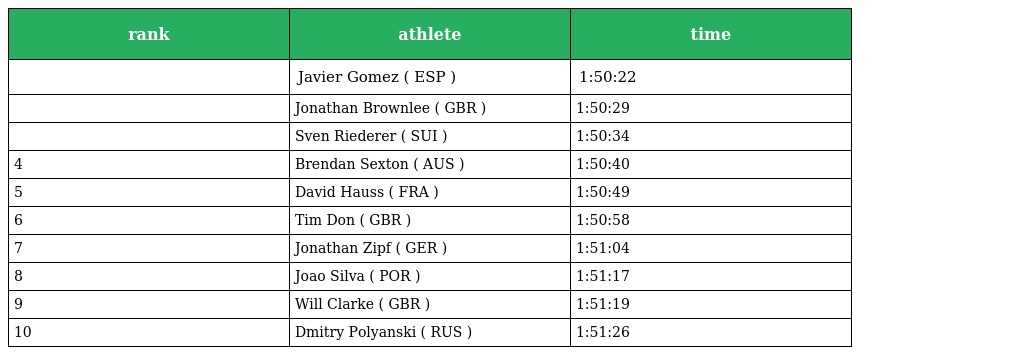
| rank | athlete | time |
 | --- | --- | --- |
 |  | Javier Gomez ( ESP ) | 1:50:22 |
 |  | Jonathan Brownlee ( GBR ) | 1:50:29 |
 |  | Sven Riederer ( SUI ) | 1:50:34 |
 | 4 | Brendan Sexton ( AUS ) | 1:50:40 |
 | 5 | David Hauss ( FRA ) | 1:50:49 |
 | 6 | Tim Don ( GBR ) | 1:50:58 |
 | 7 | Jonathan Zipf ( GER ) | 1:51:04 |
 | 8 | Joao Silva ( POR ) | 1:51:17 |
 | 9 | Will Clarke ( GBR ) | 1:51:19 |
 | 10 | Dmitry Polyanski ( RUS ) | 1:51:26 |